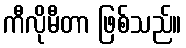
ကီလိုမီတာ ဖြစ်သည်။